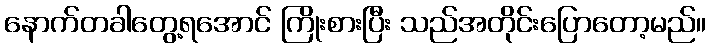
နောက်တခါတွေ့ရအောင် ကြိုးစားပြီး သည်အတိုင်းပြောတော့မည်။